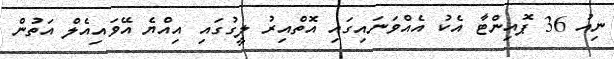
ނިއު 36 ޕޮއިންޓާ އެކު އެއްވަނައިގައި އޮތްއިރު ލީގުގައި އިއްޔެ އޭވައިއެލް އަތުން